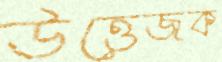
উত্তেজক